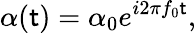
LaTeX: \alpha(\mathsf{t})={{\alpha}_{0}}{{e}^{i2\pi{{f}_{0}}\mathsf{t}}},